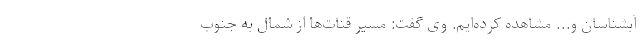
آبشناسان و... مشاهده کرده‌ایم. وی گفت: مسیر قنات‌ها از شمال به جنوب